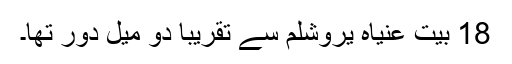
18 بیت عنیاہ یروشلم سے تقریباً دو میل دور تھا۔